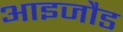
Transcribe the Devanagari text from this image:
आइजौड